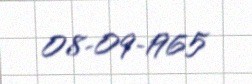
08-09-1965